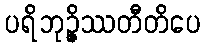
ပရိဘုဉ္ဇိဿတီတိပေ